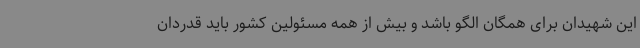
این شهیدان برای همگان الگو باشد و بیش از همه مسئولین کشور باید قدردان